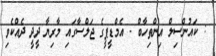
: ކައުންސިލް އިންތިހާބް - އެމްޑީޕީގެ ޖަލްސާގައި މާރިޔާ ދީދީ ދެއްކެވި